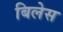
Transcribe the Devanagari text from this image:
बिलेस